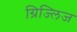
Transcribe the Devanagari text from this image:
ग्रिज्लिज